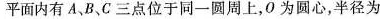
平面内有A、B、C三点位于同一圆周上，O为圆心，半径为